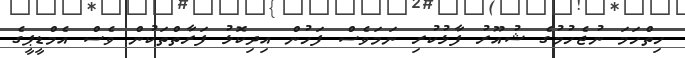
ހިތްހަމަ ނުޖެހުމުގެ ޝުއޫރު ފާޅުކުރި ނަމަވެސް ފަހުން އިދިކޮޅު ފަރާތްތަކުން ވެސް އެމްޑީޕީގެ